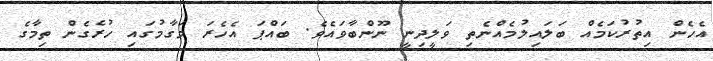
އެހެން އިތުރުކަމެއް ބަލައިލުމެއްނެތި ވަލީދިނީ ނޫންބާވައެވެ. ބައްޕަ އެހެރަ މަގާމުގައި ހުރެގެން ތިމާގެ